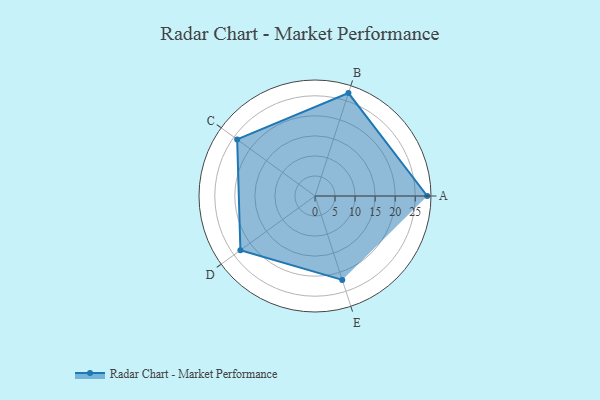
{"axis": {"x": "Skill", "y": "Score"}, "legend": ["Profile"], "data": [{"x": "A", "y": 28.0, "type": "Profile"}, {"x": "B", "y": 27.0, "type": "Profile"}, {"x": "C", "y": 24.0, "type": "Profile"}, {"x": "D", "y": 23.0, "type": "Profile"}, {"x": "E", "y": 22.0, "type": "Profile"}]}